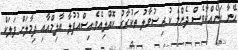
އޭނާ އަނެއްކާވެސް ދެންމެ ކުރި ސުވާލު ތަކުރާރު ކޮއްލިއެވެ.އިސްއުފުލާ އާލިމްއާއި ދިމާލަށް ފަލަކް